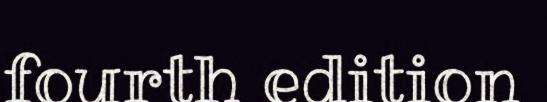
fourth edition